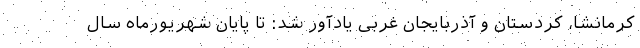
کرمانشا، کردستان و آذربایجان غربی یادآور شد: تا پایان شهریورماه سال